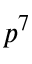
p ^ { 7 }